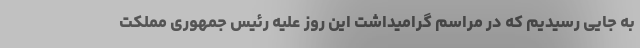
به جایی رسیدیم که در مراسم گرامیداشت این روز علیه رئیس جمهوری مملکت